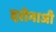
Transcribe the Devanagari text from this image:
दरोगाजी